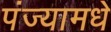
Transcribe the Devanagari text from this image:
पंज्यामधे